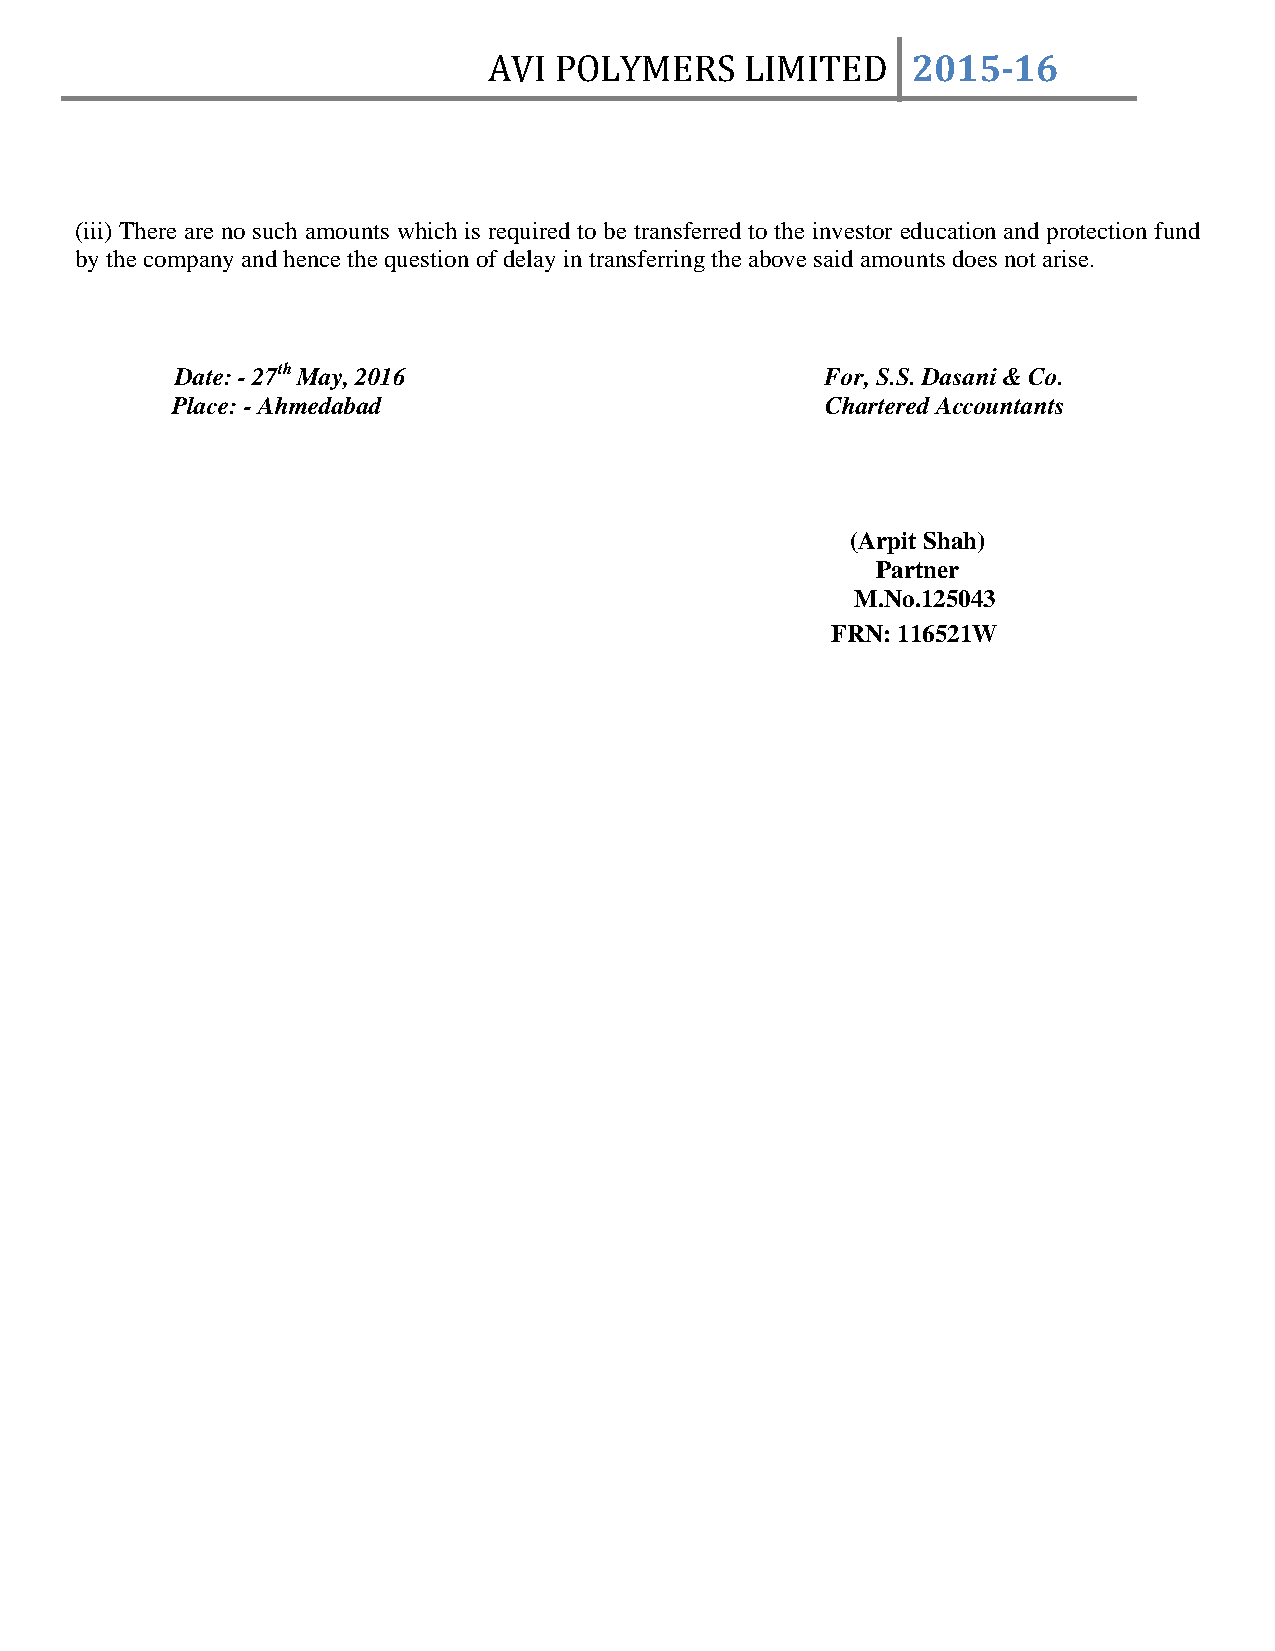
AVI  POLYMERS    LIMITED    2015­16
 (iii) There are no such amounts which is required to be transferred to the investor education and protection fund
 by the company and hence the question of delay in transferring the above said amounts does not arise.
 Date: - 27th May, 2016                     For, S.S. Dasani & Co.
 Place: - Ahmedabad                          Chartered Accountants
 (Arpit Shah)
 Partner
 M.No.125043
 FRN: 116521W